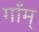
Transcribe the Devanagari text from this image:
गाँम्